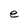
Character: e